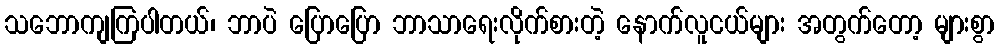
သဘောကျကြပါတယ်၊ ဘာပဲ ပြောပြော ဘာသာရေးလိုက်စားတဲ့ နောက်လူငယ်များ အတွက်တော့ များစွာ